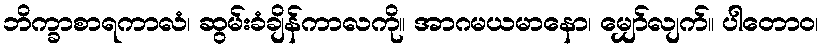
ဘိက္ခာစာရကာလံ၊ ဆွမ်းခံချိန်ကာလကို။ အာဂမယမာနော၊ မျှော်လျက်။ ပါတောဝ၊